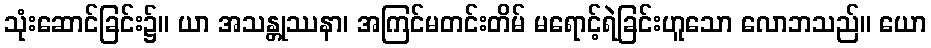
သုံးဆောင်ခြင်း၌။ ယာ အသန္တုဿနာ၊ အကြင်မတင်းတိမ် မရောင့်ရဲခြင်းဟူသော လောဘသည်။ ယော